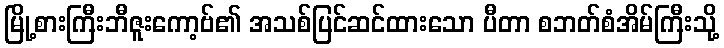
မြို့စားကြီးဘီဇူးကော့ဗ်၏ အသစ်ပြင်ဆင်ထားသော ပီတာ စဘတ်စံအိမ်ကြီးသို့